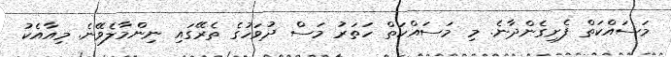
މަސައްކަތް ފެށިގެންދާނެ. މި މަސައްކަތް ހަތަރު މަސް ދުވަހުގެ ތެރޭގައި ނިންމާލެވޭނެ. މިއާއެކު